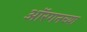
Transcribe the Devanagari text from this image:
ऑरगनच्या